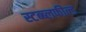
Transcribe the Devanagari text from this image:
स्टब्ब्लफील्ड